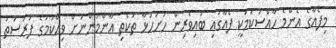
މިފެއާގެ އެންމެ ހާއްސަކަމަކީ ފެއާގައި ބައިވެރިން ހުށަހަޅާ ތަކެތި އާންމުންނަށް ވިއްކުމުގެ ފުރުސަތު